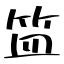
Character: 笽